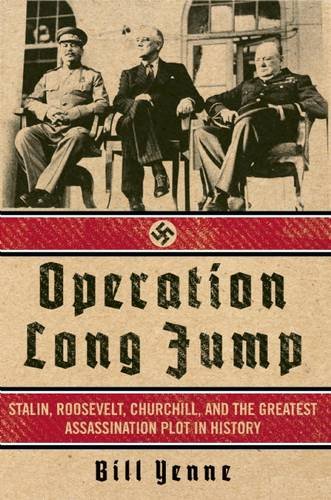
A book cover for Operation Long Jump: Stalin, Roosevelt, Churchill, and the Greatest Assassination Plot in History; Bill Yenne; Biographies & Memoirs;